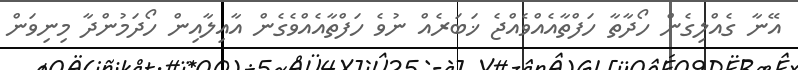
އޭނާ ގެއްލިގެން ހޯދާތާ ހަފްތާއެއްވެއްޖެ ޚަބަރެއް ނުވެ ހަފްތާއެއްވެގެން އާއިލާއިން ހޯދަމުންދާ މިނިވަން